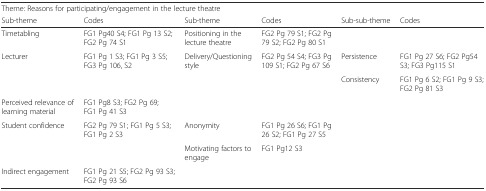
| <COLSPAN=6> Theme: Reasons for participating/engagement in the lecture theatre |
 | Sub-theme | Codes | Sub-theme | Codes | Sub-sub-theme | Codes |
 | --- | --- | --- | --- | --- | --- |
 | Timetabling | FG1 Pg40 S4; FG1 Pg 13 S2; FG2 Pg 74 S1 | Positioning in the lecture theatre | FG2 Pg 79 S1; FG2 Pg 79 S2; FG2 Pg 80 S1 |  |  |
 | Lecturer | FG1 Pg 1 S3; FG1 Pg 3 S5; FG3 Pg 106, S2 | Delivery/Questioning style | FG2 Pg 54 S4; FG3 Pg 109 S1; FG2 Pg 67 S6 | Persistence | FG1 Pg 27 S6; FG2 Pg54 S3; FG3 Pg115 S1 |
 |  |  |  |  | Consistency | FG1 Pg 6 S2; FG1 Pg 9 S3; FG2 Pg 81 S3 |
 | Perceived relevance of learning material | FG1 Pg8 S3; FG2 Pg 69; FG1 Pg 41 S3 |  |  |  |  |
 | Student confidence | FG2 Pg 79 S1; FG1 Pg 5 S3; FG1 Pg 2 S3 | Anonymity | FG1 Pg 26 S6; FG1 Pg 26 S2; FG1 Pg 27 S5 |  |  |
 |  |  | Motivating factors to engage | FG1 Pg12 S3 |  |  |
 | Indirect engagement | FG1 Pg 21 S5; FG2 Pg 93 S3; FG2 Pg 93 S6 |  |  |  |  |